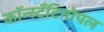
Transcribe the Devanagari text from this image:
कॉन्स्टॅंटिनोपल